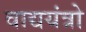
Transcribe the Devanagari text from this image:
वाद्ययंत्रो